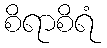
စိရာစိရံ